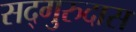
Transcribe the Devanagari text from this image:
सद्‌गुरुदास